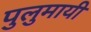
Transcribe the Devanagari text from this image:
पुलुमायी